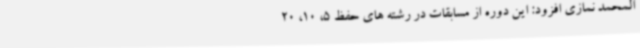
المحمد نمازی افزود: این دوره از مسابقات در رشته های حفظ 5، 10، 20